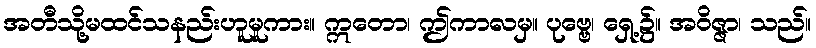
အတီသို့မထင်သနည်းဟူမူကား။ ဣတော၊ ဤကာလမှ။ ပုဗ္ဗေ၊ ရှေ့၌။ အဝိဇ္ဇာ၊ သည်။